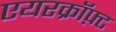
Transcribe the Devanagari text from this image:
एयरक्रॉफ़्ट